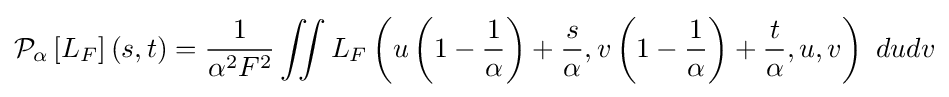
{\mathcal {P}}_{\alpha }\left[L_{F}\right](s,t)={1 \over \alpha ^{2}F^{2}}\iint L_{F}\left(u\left(1-{\frac {1}{\alpha }}\right)+{\frac {s}{\alpha }},v\left(1-{\frac {1}{\alpha }}\right)+{\frac {t}{\alpha }},u,v\right)~dudv